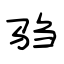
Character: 驺